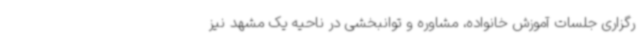
رگزاری جلسات آموزش خانواده، مشاوره و توانبخشی در ناحیه یک مشهد نیز